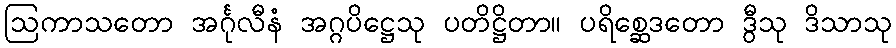
ဩကာသတော အင်္ဂုလီနံ အဂ္ဂပိဋ္ဌေသု ပတိဋ္ဌိတာ။ ပရိစ္ဆေဒတော ဒွီသု ဒိသာသု